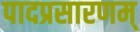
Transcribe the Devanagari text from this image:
पादप्रसारणम्